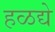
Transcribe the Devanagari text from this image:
हळद्ये